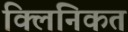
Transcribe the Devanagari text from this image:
क्लिनिकत